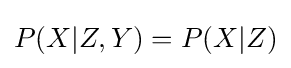
P(X|Z,Y)=P(X|Z)